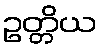
ဥတ္တိယ